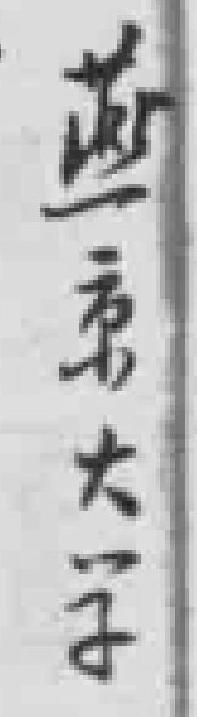
燕京大学